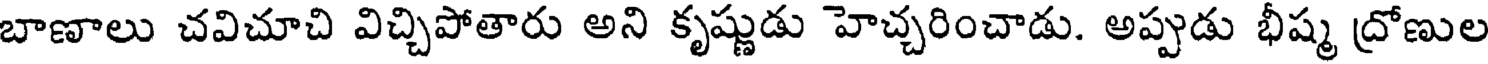
బాణాలు చవిచూచి విచ్చిపోతారు అని కృష్ణుడు హెచ్చరించాడు. అప్పుడు భీష్మ ద్రోణుల